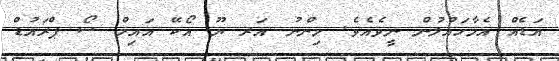
އަޑެއް އެމާހައުލުން ނީވެއެވެ. މިންނު އަރ ޔޫ އޯކޭ އައިމް ސޯ ޕްރައުޑް